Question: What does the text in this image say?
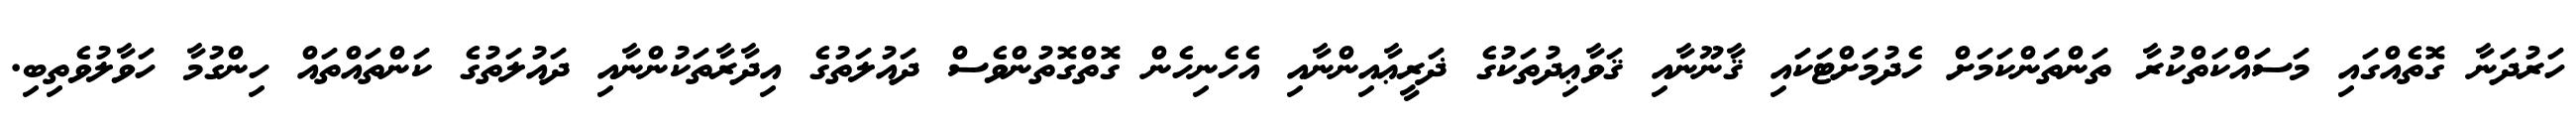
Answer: ހަރުދަނާ ގޮތެއްގައި މަސައްކަތްކުރާ ތަންތަންކަމަށް ހެދުމަށްޓަކައި ޤާނޫނާއި ޤަވާޢިދުތަކުގެ ޛަރީޢާއިންނާއި އެހެނިހެން ގޮތްގޮތުންވެސް ދައުލަތުގެ އިދާރާތަކުންނާއި ދައުލަތުގެ ކަންތައްތައް ހިންގުމާ ހަވާލުވެތިބި.